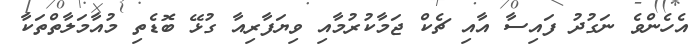
އެހެންވެ ނަގުދު ފައިސާ އާއި ޗެކް ޖަމާކުރުމާއި ވިޔަފާރިއާ ގުޅޭ ބޮޑެތި މުއާމަލާތްތަކާ